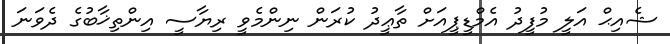
ޝެއިޙް އަލީ މުފީދު އެމްޑީޕީއަށް ތާޢީދު ކުރަން ނިންމެވީ ރިޔާސީ އިންތިޚާބުގެ ދެވަނަ